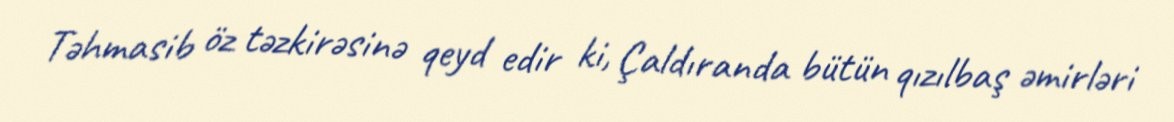
Təhmasib öz təzkirəsinə qeyd edir ki, Çaldıranda bütün qızılbaş əmirləri